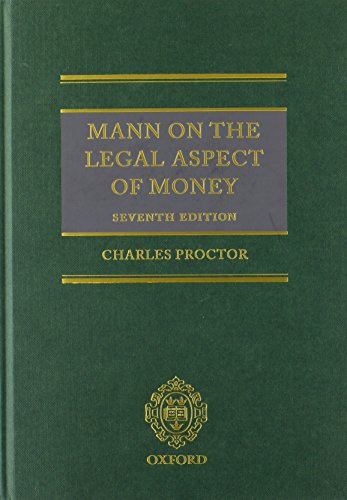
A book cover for Mann on the Legal Aspect of Money; Charles Proctor; Law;